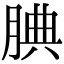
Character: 腆